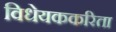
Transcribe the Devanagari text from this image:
विधेयककरिता